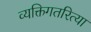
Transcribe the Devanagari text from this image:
व्यक्तिगतरित्या